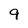
Character: 9